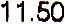
11.50